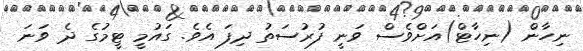
ނިހާން (ނިހާޓް)އަށްވެސް ވަނީ ފުރުސަތު ދިފަ އެވެ. ގައުމީ ޓީމުގެ ދެ ވަނަ